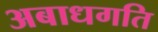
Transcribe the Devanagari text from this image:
अबाधगति